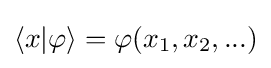
\langle x|\varphi \rangle =\varphi (x_{1},x_{2},...)